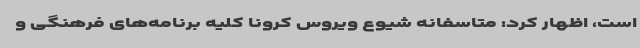
است، اظهار کرد: متاسفانه شیوع ویروس کرونا کلیه برنامه‌های فرهنگی و